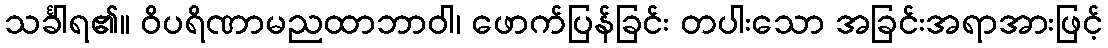
သင်္ခါရ၏။ ဝိပရိဏာမညထာဘာဝါ၊ ဖောက်ပြန်ခြင်း တပါးသော အခြင်းအရာအားဖြင့်